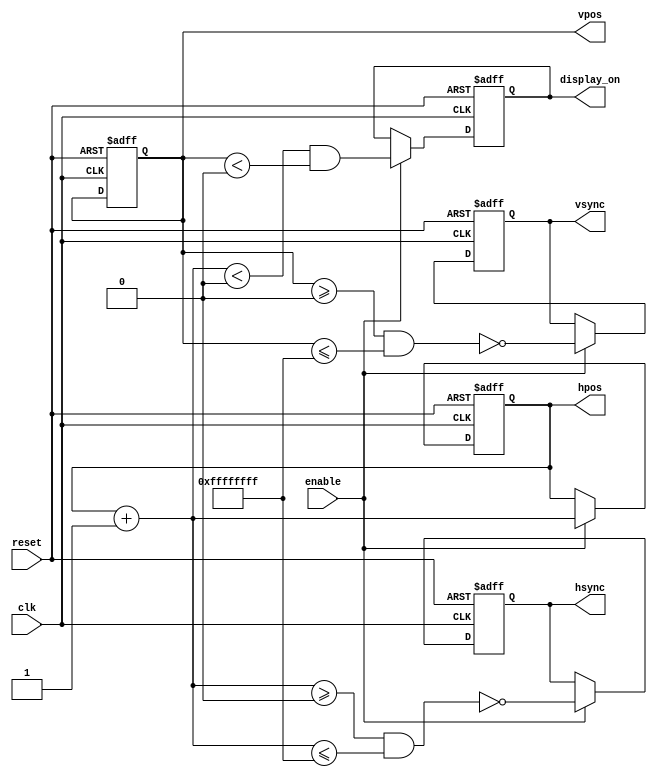
// This program was cloned from: https://github.com/DigitalDesignSchool/ce2020labs
// License: MIT License

module vga
# (
    parameter N_MIXER_PIPE_STAGES = 0,

              HPOS_WIDTH=0,
              VPOS_WIDTH=0,

              // Horizontal constants

              H_DISPLAY=0,  // Horizontal display width
              H_FRONT=0,  // Horizontal right border (front porch)
              H_SYNC=0,  // Horizontal sync width
              H_BACK=0,  // Horizontal left border (back porch)

              // Vertical constants

              V_DISPLAY=0,  // Vertical display height
              V_BOTTOM=0,  // Vertical bottom border
              V_SYNC=0,  // Vertical sync # lines
              V_TOP=0,  // Vertical top border
				  H_SYNC_START  = H_DISPLAY    + H_FRONT + N_MIXER_PIPE_STAGES,
              H_SYNC_END    = H_SYNC_START + H_SYNC  - 1,
              H_MAX         = H_SYNC_END   + H_BACK,

              V_SYNC_START  = V_DISPLAY    + V_BOTTOM,
              V_SYNC_END    = V_SYNC_START + V_SYNC  - 1,
              V_MAX         = V_SYNC_END   + V_TOP
)
(
    input                         clk,
    input                         reset,
	 input								 enable,
    output reg                    hsync,
    output reg                    vsync,
    output reg                    display_on,
    output reg [HPOS_WIDTH - 1:0] hpos,
    output reg [VPOS_WIDTH - 1:0] vpos
);
    
    reg [HPOS_WIDTH - 1:0] d_hpos;
    reg [VPOS_WIDTH - 1:0] d_vpos;

    always @*
    begin
        if (hpos == H_MAX)
        begin
            d_hpos = 1'd0;

            if (vpos == V_MAX)
                d_vpos = 1'd0;
            else
                d_vpos = vpos + 1'd1;
        end
        else
        begin
          d_hpos = hpos + 1'd1;
          d_vpos = vpos;
        end
    end

	 //!!!I replaced the clock divider with pll.
	 
   

    always @ (posedge clk or posedge reset)
    begin
        if (reset)
        begin
            hsync       <= 1'b0;
            vsync       <= 1'b0;
            display_on  <= 1'b0;
            hpos        <= 1'b0;
            vpos        <= 1'b0;
        end
        else if (enable)
        begin
            hsync       <= ~ (    d_hpos >= H_SYNC_START
                               && d_hpos <= H_SYNC_END   );

            vsync       <= ~ (    d_vpos >= V_SYNC_START
                               && d_vpos <= V_SYNC_END   );

            display_on  <=   (    d_hpos <  H_DISPLAY
                               && d_vpos <  V_DISPLAY    );

            hpos        <= d_hpos;
            vpos        <= d_vpos;
        end
    end
	 
	 

endmodule